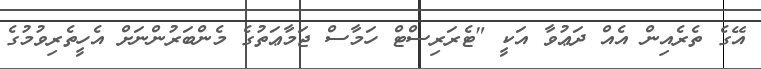
އޭގެ ތެރެއިން އެއް ދަޢުވާ އަކީ "ޓެރަރިސްޓް ހަމާސް ޖަމާޢަތުގެ މެންބަރުންނަށް އެހީތެރިވުމުގެ